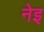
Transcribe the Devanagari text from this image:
नेइ